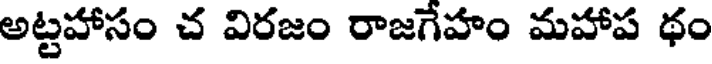
అట్టహాసం చ విరజం రాజగేహం మహాప థం